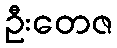
ဦးတေဇ